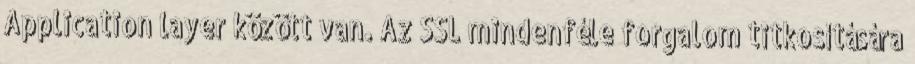
Application layer között van. Az SSL mindenféle forgalom titkosítására